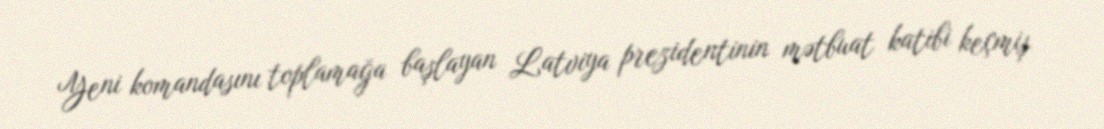
Yeni komandasını toplamağa başlayan Latviya prezidentinin mətbuat katibi keçmiş